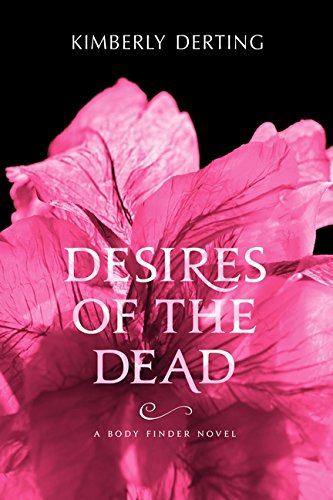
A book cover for Desires of the Dead: A Body Finder Novel; Kimberly Derting; Teen & Young Adult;